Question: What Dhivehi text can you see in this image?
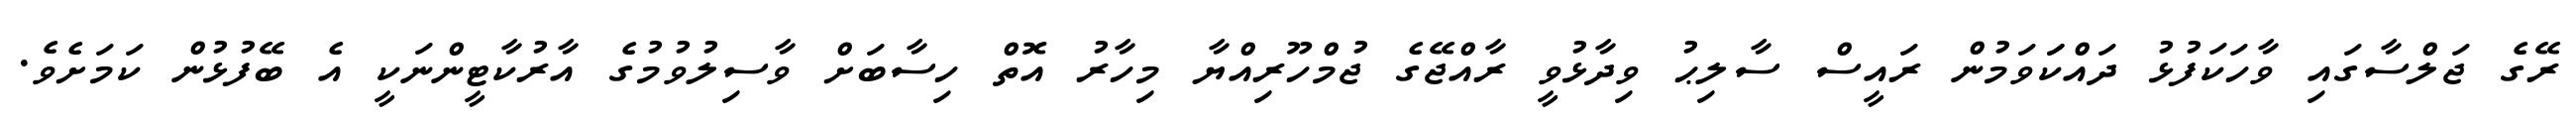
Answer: ރޭގެ ޖަލްސާގައި ވާހަކަފުޅު ދައްކަަވަމުން ރައީސް ސާލިޙު ވިދާޅުވީ ރާއްޖޭގެ ޖުމްހޫރިއްޔާ މިހާރު އޮތް ހިސާބަށް ވާސިލުވުމުގެ އާރުކާޓީންނަކީ އެ ބޭފުޅުން ކަމަށެވެ.